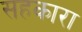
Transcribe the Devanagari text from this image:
सहकारा